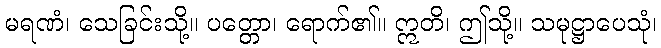
မရဏံ၊ သေခြင်းသို့။ ပတ္တော၊ ရောက်၏။ ဣတိ၊ ဤသို့။ သမုဋ္ဌာပေသုံ၊